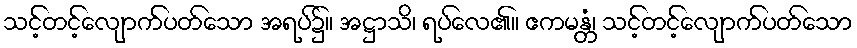
သင့်တင့်လျောက်ပတ်သော အရပ်၌။ အဋ္ဌာသိ၊ ရပ်လေ၏။ ဧကမန္တံ၊ သင့်တင့်လျောက်ပတ်သော